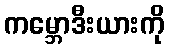
ကမ္ဘောဒီးယားကို